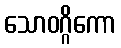
သောဝဂ္ဂိကော